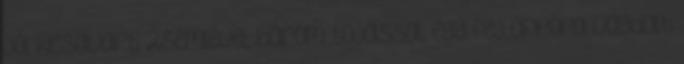
jól kicsavart zsemlével, három tojással, egy fej apróra vagdalt